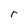
Character: r